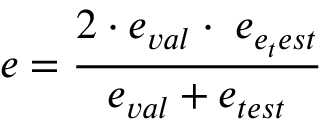
e = \frac { 2 \cdot e _ { v a l } \cdot \; e _ { e _ { t } e s t } } { e _ { v a l } + e _ { t e s t } }